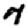
Digit: 7